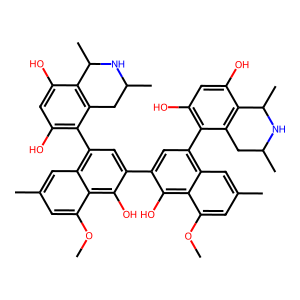
SMILES: COc1cc(C)cc2c(-c3c(O)cc(O)c4c3CC(C)NC4C)cc(-c3cc(-c4c(O)cc(O)c5c4CC(C)NC5C)c4cc(C)cc(OC)c4c3O)c(O)c12
Inhibits HIV replication: Yes